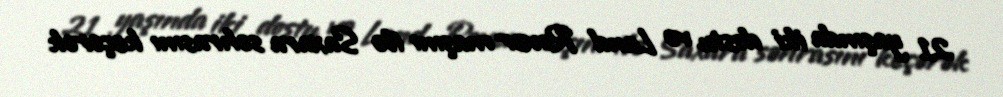
21 yaşında iki dostu və Land Rover maşını ilə Saxara səhrasını keçərək